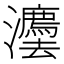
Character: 灋